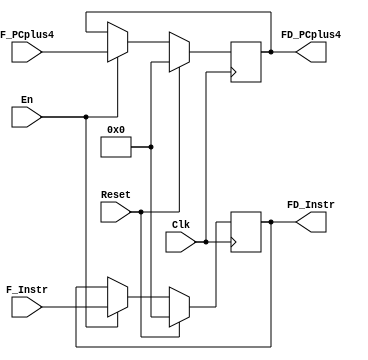
`timescale 1ns / 1ps


module pReg_FD(
	input Clk,
	input Reset,
	input En,
	input [31:0] F_Instr,
	input [31:0] F_PCplus4,
	
	output reg [31:0] FD_Instr,
	output reg [31:0] FD_PCplus4
    );
	
	always @ (posedge Clk) begin
		if (Reset) begin 
			FD_Instr <= 32'b0;
			FD_PCplus4 <= 32'b0;
		end
		else if (En) begin
			FD_Instr <= F_Instr;
			FD_PCplus4 <= F_PCplus4;
		end
	end
	
	initial begin
		FD_Instr <= 32'b0;
		FD_PCplus4 <= 32'b0;
	end

endmodule

module pReg_DE(
	input Clk,
	input Reset,
	
	input [31:0] D_Instr,
	input [31:0] D_PCplus8,
	input [31:0] D_RData1,
	input [31:0] D_RData2,
	input [31:0] D_EXT,
	input D_RegWrite,
	input [4:0] D_RegDst,
	
	output reg [31:0] DE_Instr,
	output reg [31:0] DE_PCplus8,
	output reg [31:0] DE_RData1,
	output reg [31:0] DE_RData2,
	output reg [31:0] DE_EXT,
	output reg DE_RegWrite,
	output reg [4:0] DE_RegDst
	);
	
	always @ (posedge Clk) begin
		if (Reset) begin
			DE_Instr <= 31'b0;
			DE_PCplus8 <= 31'b0;
			DE_RData1 <= 31'b0;
			DE_RData2 <= 31'b0;
			DE_EXT <= 31'b0;
			DE_RegWrite <= 1'b0;
			DE_RegDst <= 5'b0;
		end
		else begin
			DE_Instr <= D_Instr;
			DE_PCplus8 <= D_PCplus8;
			DE_RData1 <= D_RData1;
			DE_RData2 <= D_RData2;
			DE_EXT <= D_EXT;
			DE_RegWrite <= D_RegWrite;
			DE_RegDst <= D_RegDst;
		end
	end	
	
	initial begin
		DE_Instr <= 31'b0;
		DE_PCplus8 <= 31'b0;
		DE_RData1 <= 31'b0;
		DE_RData2 <= 31'b0;
		DE_EXT <= 31'b0;
		DE_RegWrite <= 1'b0;
		DE_RegDst <= 5'b0;
	end

endmodule

module pReg_EM(
	input Clk,
	input Reset,
	
	input [31:0] E_Instr,
	input [31:0] E_PCplus8,
	input [31:0] E_ALU_Out,
	input [31:0] E_HILO,
	input E_RegWrite,
	input [4:0] E_RegDst,
	input [31:0] E_RData2,
	
	output reg [31:0] EM_Instr,
	output reg [31:0] EM_PCplus8,
	output reg [31:0] EM_ALUOut,
	output reg [31:0] EM_HILO,
	output reg EM_RegWrite,
	output reg [4:0] EM_RegDst,
	output reg [31:0] EM_RData2
	);
	
	always @ (posedge Clk) begin
		if (Reset) begin
			EM_Instr <= 32'b0;
			EM_PCplus8 <= 32'b0;
			EM_ALUOut <= 32'b0;
			EM_HILO <= 32'b0;
			EM_RegWrite <= 1'b0;
			EM_RegDst <= 5'b0;
			EM_RData2 <= 32'b0;
		end
		else begin
			EM_Instr <= E_Instr;
			EM_PCplus8 <= E_PCplus8;
			EM_ALUOut <= E_ALU_Out;
			EM_HILO <= E_HILO;
			EM_RegWrite <= E_RegWrite;
			EM_RegDst <= E_RegDst;
			EM_RData2 <= E_RData2;
		end
	end

	initial begin
		EM_Instr <= 32'b0;
		EM_PCplus8 <= 32'b0;
		EM_ALUOut <= 32'b0;
		EM_HILO <= 32'b0;
		EM_RegWrite <= 1'b0;
		EM_RegDst <= 5'b0;
		EM_RData2 <= 32'b0;
	end
	
endmodule

module pReg_MW(
	input Clk,
	input Reset,
	
	input [31:0] M_Instr,
	input [31:0] M_ALUOut,
	input [31:0] M_DM_RData,
	input [31:0] M_PCplus8,
	input [31:0] M_HILO,
	input M_RegWrite,
	input [4:0] M_RegDst,
	input [31:0] M_RData2,
	
	output reg [31:0] MW_Instr,
	output reg [31:0] MW_ALUOut,
	output reg [31:0] MW_DM_RData,
	output reg [31:0] MW_PCplus8,
	output reg [31:0] MW_HILO,
	output reg MW_RegWrite,
	output reg [4:0] MW_RegDst,
	output reg [31:0] MW_RData2
	);
	
	always @ (posedge Clk) begin
		if (Reset) begin
			MW_Instr <= 32'b0;
			MW_ALUOut <= 32'b0;
			MW_DM_RData <= 32'b0;
			MW_PCplus8 <= 32'b0;
			MW_HILO <= 32'b0;
			MW_RegWrite <= 1'b0;
			MW_RegDst <= 5'b0;
			MW_RData2 <= 32'b0;
		end
		else begin
			MW_Instr <= M_Instr;
			MW_ALUOut <= M_ALUOut;
			MW_DM_RData <= M_DM_RData;
			MW_PCplus8 <= M_PCplus8;
			MW_HILO <= M_HILO;
			MW_RegWrite <= M_RegWrite;
			MW_RegDst <= M_RegDst;
			MW_RData2 <= M_RData2;
		end
	end

	initial begin
		MW_Instr <= 32'b0;
		MW_ALUOut <= 32'b0;
		MW_DM_RData <= 32'b0;
		MW_PCplus8 <= 32'b0;
		MW_HILO <= 32'b0;
		MW_RegWrite <= 1'b0;
		MW_RegDst <= 5'b0;
		MW_RData2 <= 32'b0;
	end

endmodule